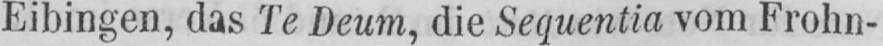
Eibingen, das Te Deum, die Sequentia vom Frohn-